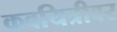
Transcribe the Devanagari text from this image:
कवयित्रीवर